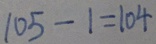
1 0 5 - 1 = 1 0 4